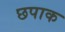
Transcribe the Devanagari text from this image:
छपाक